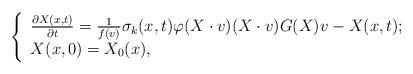
LaTeX: \begin{align*}\left\{\begin{array}{lr}\frac{\partial X(x,t)}{\partial t}=\frac{1}{f(v)}\sigma_{k}(x,t)\varphi(X\cdot v)(X\cdot v)G(X)v-X(x,t); \\X(x,0)=X_{0}(x),\end{array}\right.\end{align*}